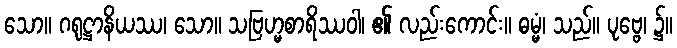
သော။ ဂရုဋ္ဌာနိယဿ၊ သော။ သဗြဟ္မစာရိဿဝါ၊ ၏ လည်းကောင်း။ ဓမ္မံ၊ သည်။ ပုဗ္ဗေ၊ ၌။